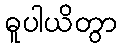
ဓူပါယိတွာ